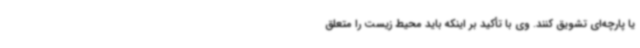
یا پارچه‌ای تشویق کنند. وی با تأکید بر اینکه باید محیط زیست را متعلق